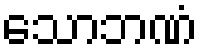
သောဘဏံ